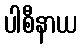
ပါစီနာယ